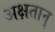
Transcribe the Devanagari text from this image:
अक्षतान्